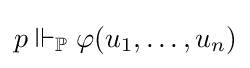
p\Vdash _{\mathbb {P} }\varphi (u_{1},\dots ,u_{n})